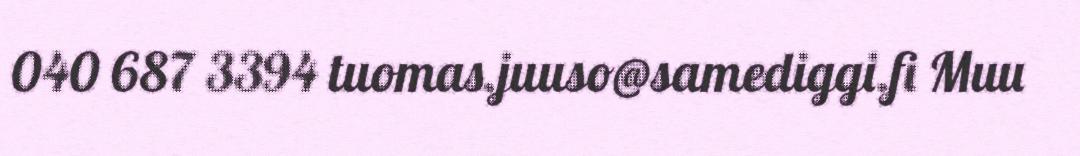
040 687 3394 tuomas.juuso@samediggi.fi Muu